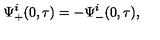
\Psi _ { + } ^ { i } ( 0 , \tau ) = - \Psi _ { - } ^ { i } ( 0 , \tau ) ,